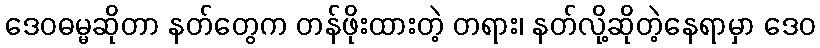
ဒေဝဓမ္မဆိုတာ နတ်တွေက တန်ဖိုးထားတဲ့ တရား၊ နတ်လို့ဆိုတဲ့နေရာမှာ ဒေဝ